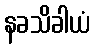
နခသိခါယံ